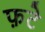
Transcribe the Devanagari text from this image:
फ़टे